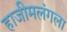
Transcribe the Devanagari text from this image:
हाजीमलंगला